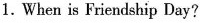
1.When is Friendship Day?